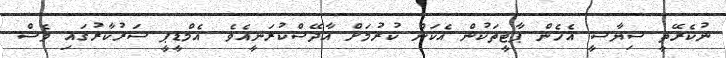
ނުކެރޭތީ ސިޔާސީ އެހެން ޕާޓީތަކުން އެކަން ކުރުމަށް އާދޭސްކުރަނީއެވެ. އެމްޑީޕީ ސަރުކާރުގައި ވެސް